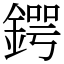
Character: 鍔